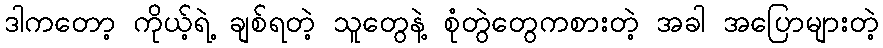
ဒါကတော့ ကိုယ့်ရဲ့ ချစ်ရတဲ့ သူတွေနဲ့ စုံတွဲတွေကစားတဲ့ အခါ အပြောများတဲ့